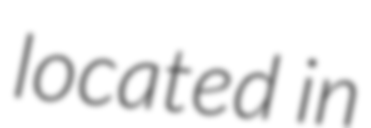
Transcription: located in